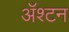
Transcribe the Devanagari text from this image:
ॲश्टन